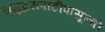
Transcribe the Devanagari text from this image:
समुद्रसपाटीपासून्ची